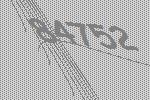
84752